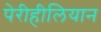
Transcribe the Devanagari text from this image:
पेरीहीलियान